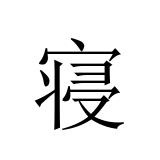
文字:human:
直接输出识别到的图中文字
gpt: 寝